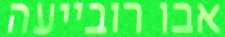
אבו רובייעה